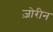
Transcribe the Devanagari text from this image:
ज़ोरीन